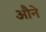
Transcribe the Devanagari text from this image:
औने